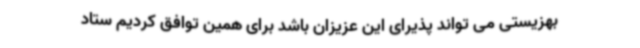
بهزیستی می تواند پذیرای این عزیزان باشد برای همین توافق کردیم ستاد